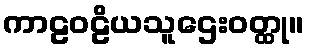
ကာဠဝဠိယသူဌေးဝတ္ထု။